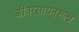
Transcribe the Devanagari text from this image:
जीवरसायनशास्त्र